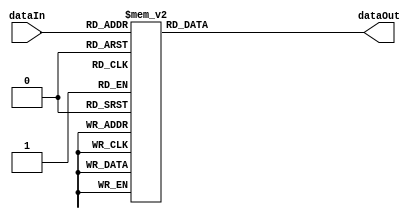
module s_box_dec(dataOut,dataIn);
output reg [3:0]dataOut;
input [3:0]dataIn;
always @(*)
begin
case(dataIn)
4'h0:dataOut=4'hA;
4'h1:dataOut=4'h3;
4'h2:dataOut=4'h9;
4'h3:dataOut=4'hE;
4'h4:dataOut=4'h1;
4'h5:dataOut=4'hD;
4'h6:dataOut=4'hF;
4'h7:dataOut=4'h4;
4'h8:dataOut=4'hC;
4'h9:dataOut=4'h5;
4'hA:dataOut=4'h7;
4'hB:dataOut=4'h2;
4'hC:dataOut=4'h6;
4'hD:dataOut=4'h8;
4'hE:dataOut=4'h0;
4'hF:dataOut=4'hB;
default:dataOut=4'h0;
endcase
end
endmodule